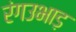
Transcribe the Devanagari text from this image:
रंगउभाड़